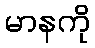
မာနကို